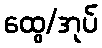
ထွေ/အုပ်